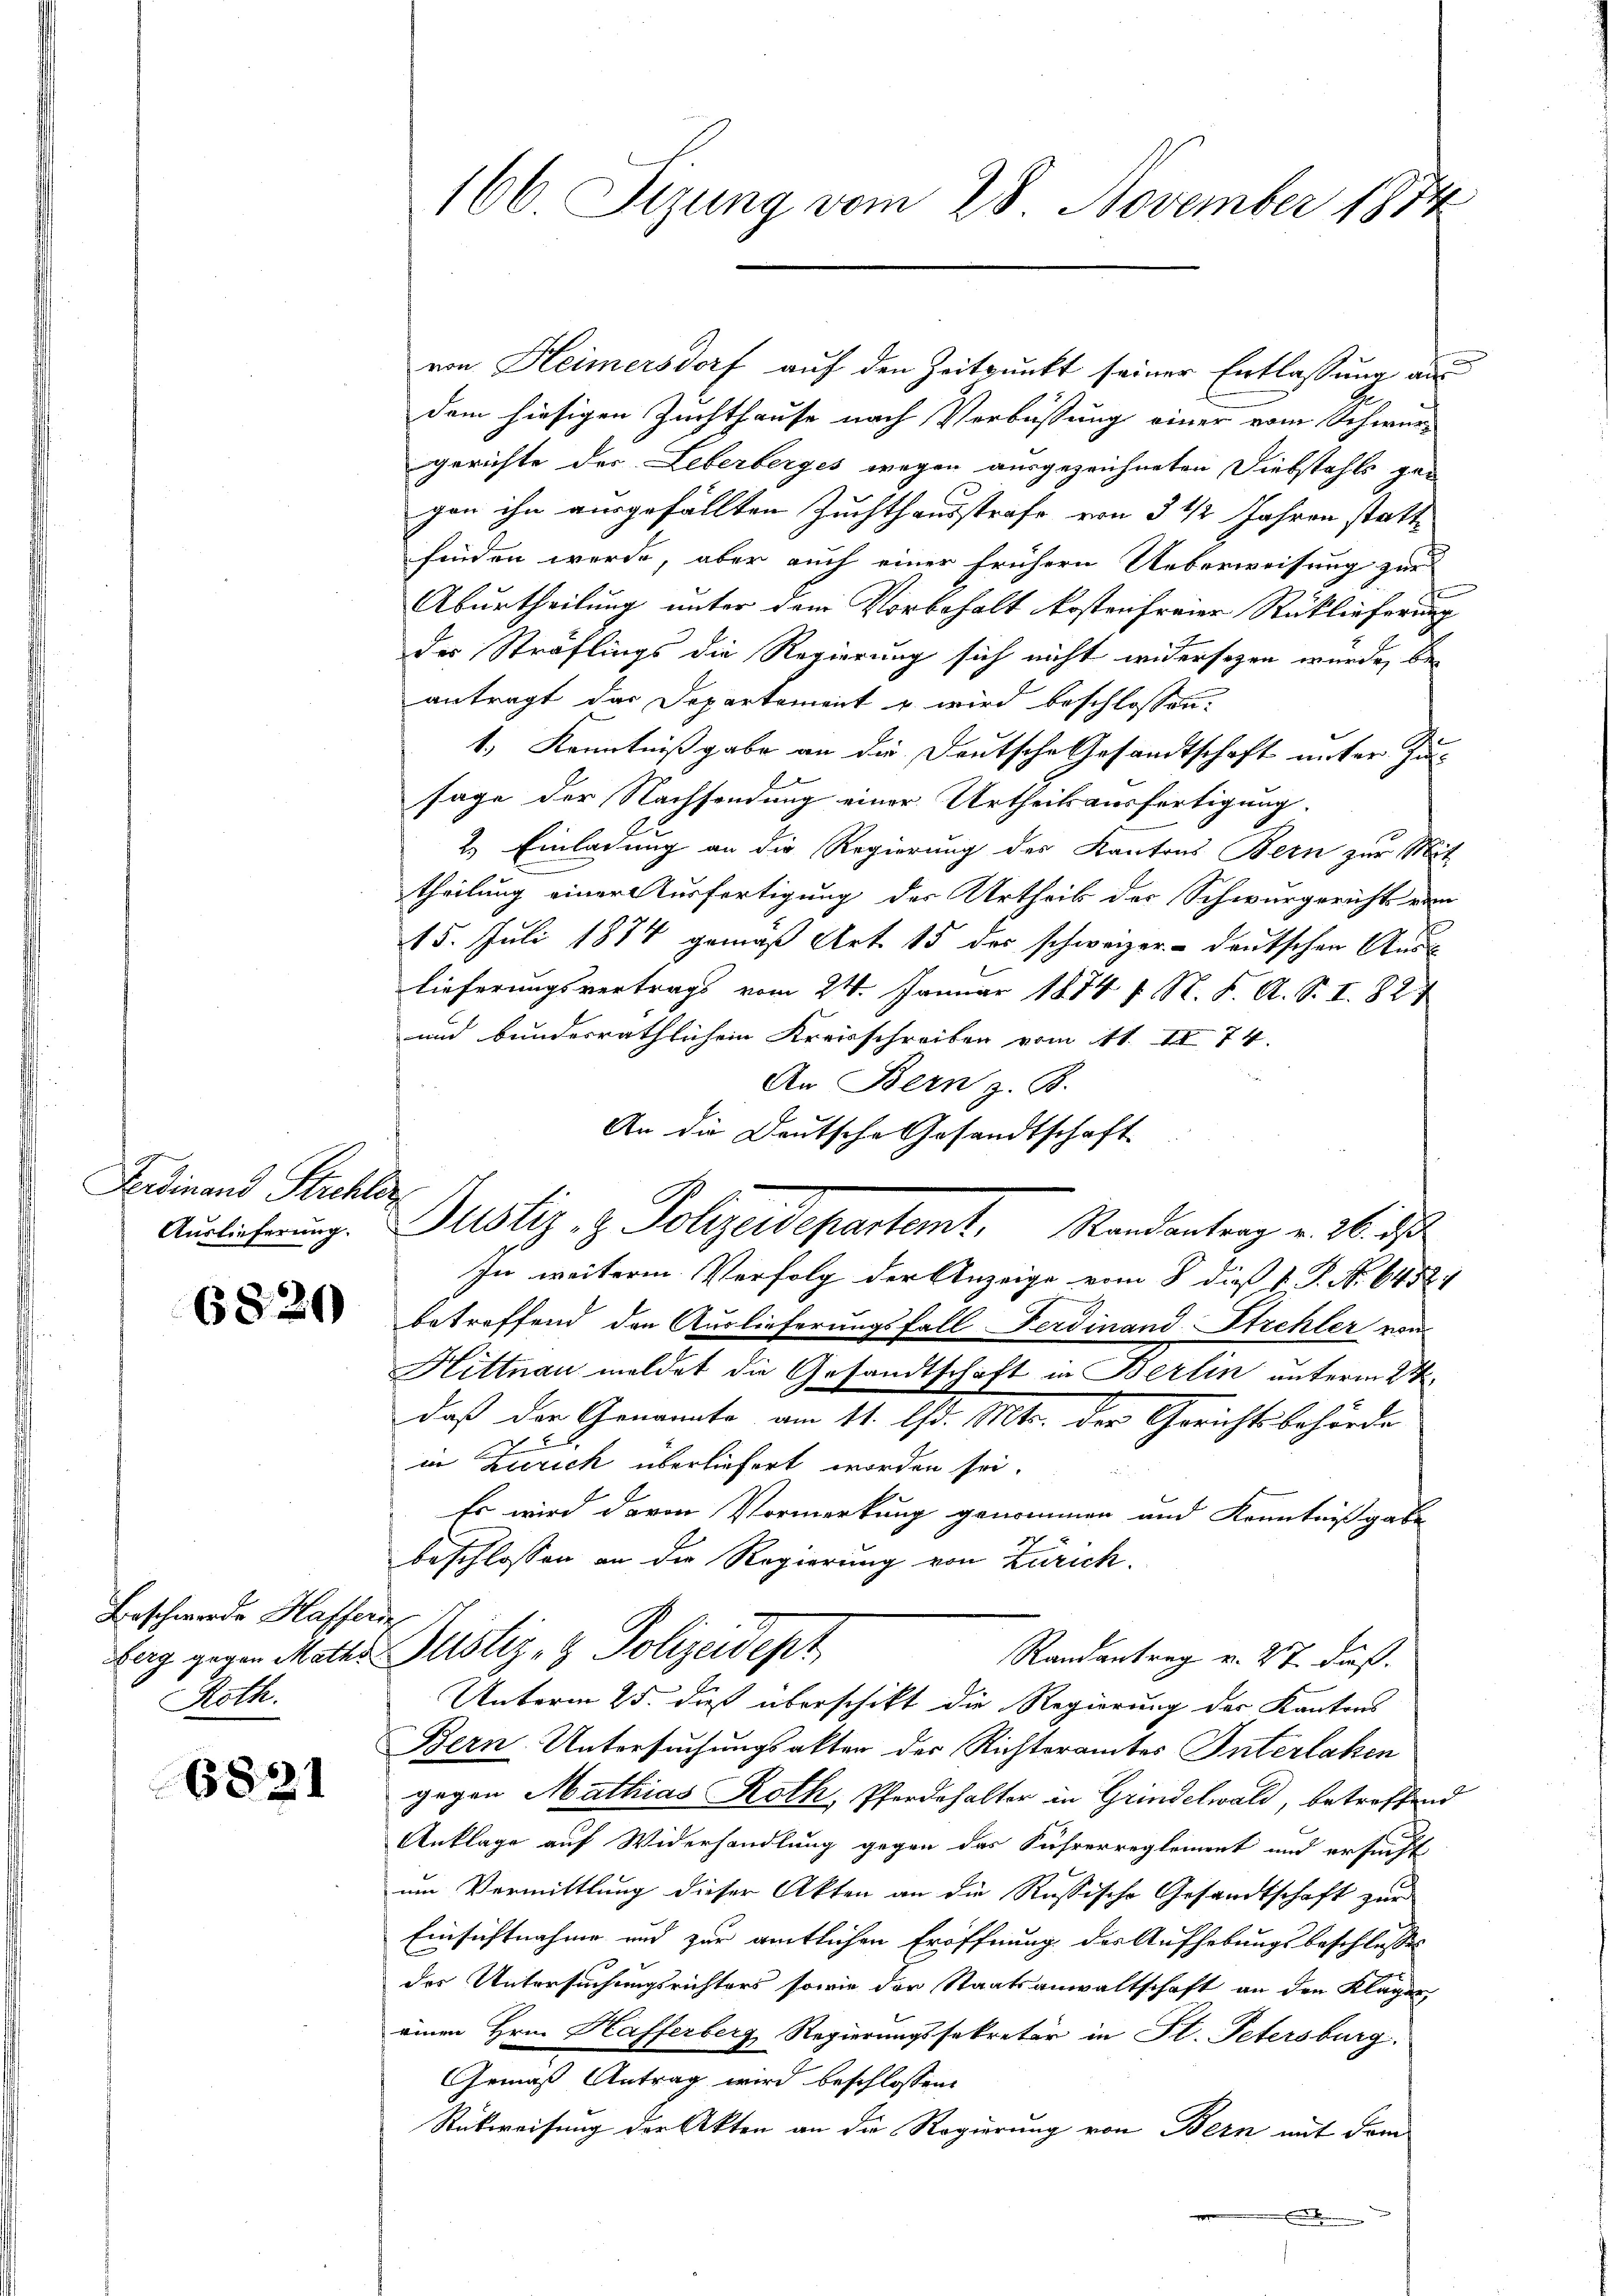
Fabian Kutsch
Auslieferung.

6820

Beschwerde Hassende
Roth.

6831

von Heimersdorf auf den Zeitpunkt seiner Entlassung an
.
dem hiesigen Zuchthause nach Verbüssung einer vom Schwurgerichte der Leberberges wegen ausgezeichneten Diebstahls ge-
gan ihn ausgefällten Zuchthausstrafe von 3 1/2 Jahren statt
finden werde, aber auch einer frühern Ueberweisung zur
Aburtheilung unter dem Vorbehalt kosten freier Rücklieferung
der Sträflings die Regierung sich nicht widersezen wurde, bei
antragt das Departement u wird beschlossen:
1., Kenntnißgabe an die Deutsche Gesandtschaft unter Zusage der Nachsendung einer Urtheilsausfertigung.
2.) Einladung an die Regierung des Kantons Bern zur Mit
theilung einer Ausfertigung des Urtheil der Schwurgerichts vom
15. Juli 1874 gemäß Art. 15 des schweizer- deutschen Auss
lieferungsvertrags vom 24. Januar 1874 f. N. K. A. S. I. 827
und bundesräthlichen Kreisschreiben vom 11. IV 74.
An Bern z. B.
An die Deutsche Gesandtschaft
Justiz- & Polizeidepartamt. Randantrag u. ich
In weitere Verfolg der Anzeige vom 8. dieß P. P. Nr. 64521
betreffend den Auslieferungsfall Ferdinand Strehler von
Hittnau meldet die Gesandtschaft in Berlin unterm 24.
daß der Genannte am 11. d. Mts. der Gerichtsbehörde
in Zürich überliefert worden sei.
Es wird davon Vormerkung genommen und Kenntnißgabe
beschlossen an die Regierung von Zürich.
arg gegen Mather Geistiz- & Polizeidept
Randantrag v. 27. daß.
Unterm 25. daß überschikt die Regierung des Kantons
Bern Untersuchungsakten der Richteramtes Interlahen
gegen Mathias Roth, Pferdehalter in Grindelwald, betreffend
Anklage auf Widerhandlung gegen das Führerreglement und ersucht
um Vermittlung dieser Akten an die Russische Gesandtschaft zur
Einsichtnahme und zur amtlichen Eröffnung der Aufhebungsbeschlusses
des Untersuchungsrichters sowie der Staatsanwaltschaft an den Klager,
einen Hrn. Hafferberg Regierungssekretär in St. Petersburg.
Gemäß Antrag wird beschlossene
Rückweisung der Akten an die Regierung von Bern mit dem
.

166 Sizung vom 28. November 1874